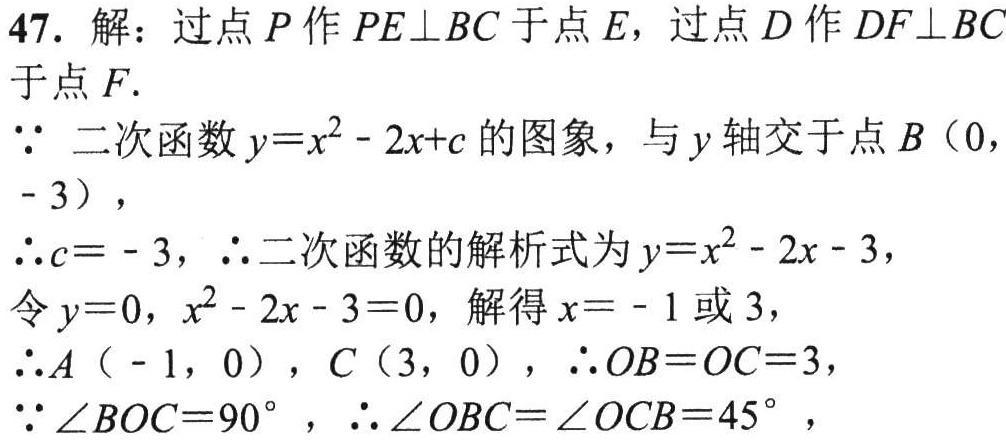
47. 解：过点\(P\)作\(PE\perp BC\)于点\(E\)，过点\(D\)作\(DF\perp BC\)
于点\(F\).
\(\because\) 二次函数\(y = x^{2}-2x + c\)的图象，与\(y\)轴交于点\(B(0,
 - 3)\)，
\(\therefore c=-3\)，\(\therefore\)二次函数的解析式为\(y = x^{2}-2x - 3\)，
令\(y = 0\)，\(x^{2}-2x - 3 = 0\)，解得\(x=-1\)或\(3\)，
\(\therefore A(-1,0)\)，\(C(3,0)\)，\(\therefore OB = OC = 3\)，
\(\because\angle BOC = 90^{\circ}\)，\(\therefore\angle OBC=\angle OCB = 45^{\circ}\)，